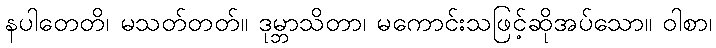
နပါတေတိ၊ မသတ်တတ်။ ဒုမ္ဘာသိတာ၊ မကောင်းသဖြင့်ဆိုအပ်သော။ ဝါစာ၊